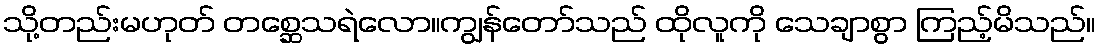
သို့တည်းမဟုတ် တစ္ဆေသရဲလော။ကျွန်တော်သည် ထိုလူကို သေချာစွာ ကြည့်မိသည်။